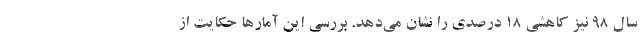
سال ۹۸ نیز کاهشی ۱۸ درصدی را نشان می‌دهد. بررسی این آمارها حکایت از